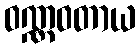
ဝဏ္ဏဝတာယ